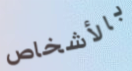
بالأشخاص